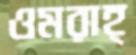
ওমরাহ্‌